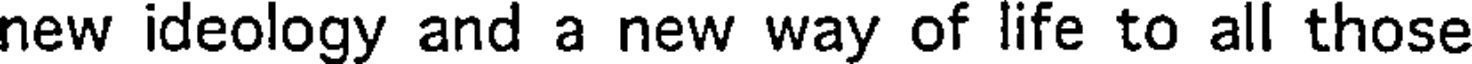
new ideology and a new way of life to all those